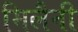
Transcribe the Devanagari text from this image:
मिलैनी